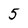
Character: 5